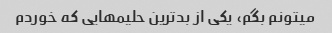
میتونم بگم، یکی از بدترین حلیمهایی که خوردم